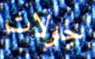
جولات